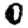
Digit: 0